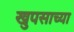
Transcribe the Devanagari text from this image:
खुपसाच्या